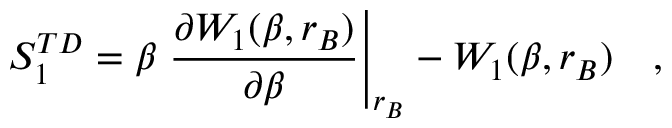
S _ { 1 } ^ { T D } = \beta \left. { \frac { \partial { W _ { 1 } ( \beta , r _ { B } ) } } { \partial \beta } } \right| _ { r _ { B } } - W _ { 1 } ( \beta , r _ { B } ) ~ ~ ~ ,